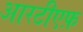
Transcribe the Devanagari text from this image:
आरटीएफ़